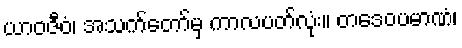
ယာဝဇီဝံ၊ အသက်တော်မှ ကာလပတ်လုံး။ တဒေဝပမာဏံ၊